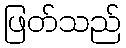
ဖြတ်သည်